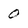
Character: 0